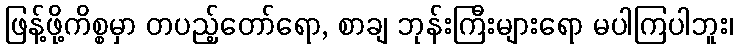
ဖြန့်ဖို့ကိစ္စမှာ တပည့်တော်ရော, စာချ ဘုန်းကြီးများရော မပါကြပါဘူး၊